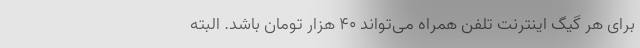
برای هر گیگ اینترنت تلفن همراه می‌تواند ۴۰ هزار تومان باشد. البته